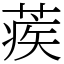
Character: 蒺